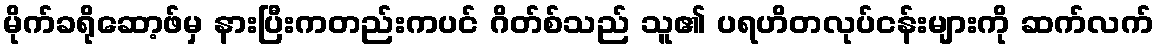
မိုက်ခရိုဆော့ဖ်မှ နားပြီးကတည်းကပင် ဂိတ်စ်သည် သူ၏ ပရဟိတလုပ်ငန်းများကို ဆက်လက်